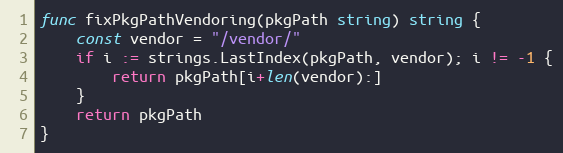
Language: Go
func fixPkgPathVendoring(pkgPath string) string {
	const vendor = "/vendor/"
	if i := strings.LastIndex(pkgPath, vendor); i != -1 {
		return pkgPath[i+len(vendor):]
	}
	return pkgPath
}